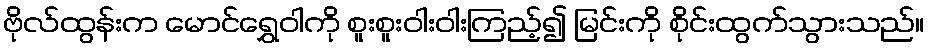
ဗိုလ်ထွန်းက မောင်ရွှေဝါကို စူးစူးဝါးဝါးကြည့်၍ မြင်းကို စိုင်းထွက်သွားသည်။